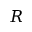
R